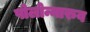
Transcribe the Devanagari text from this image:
पोलोन्नारुव